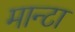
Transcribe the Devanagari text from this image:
मान्टा